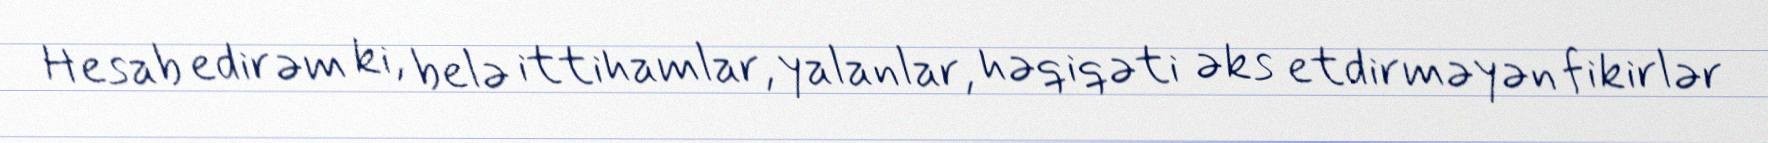
Hesab edirəm ki, belə ittihamlar, yalanlar, həqiqəti əks etdirməyən fikirlər